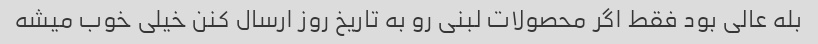
بله عالی بود فقط اگر محصولات لبنی رو به تاریخ روز ارسال کنن خیلی خوب میشه